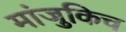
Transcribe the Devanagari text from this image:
मांजुकिच